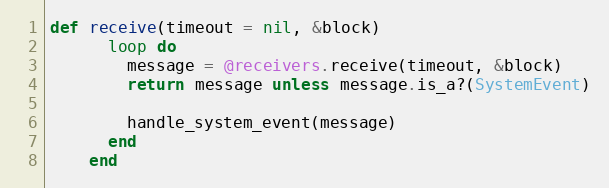
Language: Ruby
def receive(timeout = nil, &block)
      loop do
        message = @receivers.receive(timeout, &block)
        return message unless message.is_a?(SystemEvent)

        handle_system_event(message)
      end
    end